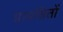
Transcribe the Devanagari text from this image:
प्रायश्चित्तों